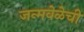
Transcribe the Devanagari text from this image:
जन्मवेळेची